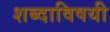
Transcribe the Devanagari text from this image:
शब्दाविषयी